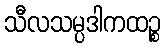
သီလသမ္ပဒါကထဉ္စ